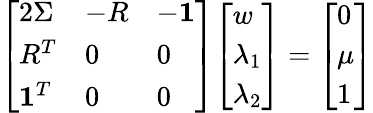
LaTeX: {\left[\begin{array}{lll}{2\Sigma}&{-R}&{-{\mathbf{1}}}\\ {R^{T}}&{0}&{0}\\ {{\mathbf{1}}^{T}}&{0}&{0}\end{array}\right]}{\left[\begin{array}{l}{w}\\ {\lambda_{1}}\\ {\lambda_{2}}\end{array}\right]}={\left[\begin{array}{l}{0}\\ {\mu}\\ {1}\end{array}\right]}